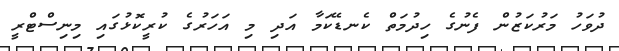
ދުވަހު މަރުކަޒުން ފެނުގެ ހިދުމަތް ކެނޑޭކަމާ އަދި މި އަހަރުގެ ކުރީކޮޅުގައި މިނިސްޓްރީ